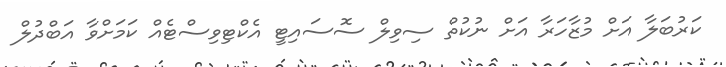
ކަރުބަލާ އަށް މުޒާހަރާ އަށް ނުކުތް ސިވިލް ސޮސައިޓީ އެކްޓިވިސްޓެއް ކަމަށްވާ އަބްދުލް